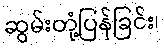
ဆွမ်းတုံ့ပြန်ခြင်း၊